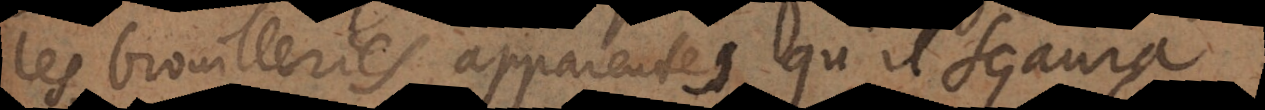
les brouilleries apparentes qu’il sçaura